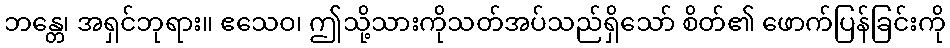
ဘန္တေ၊ အရှင်ဘုရား။ ဧသေဝ၊ ဤသို့သားကိုသတ်အပ်သည်ရှိသော် စိတ်၏ ဖောက်ပြန်ခြင်းကို